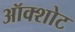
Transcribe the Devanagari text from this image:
ऑक्शोट